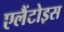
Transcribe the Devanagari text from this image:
एलैंटोइस